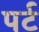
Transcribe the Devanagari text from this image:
पर्ट